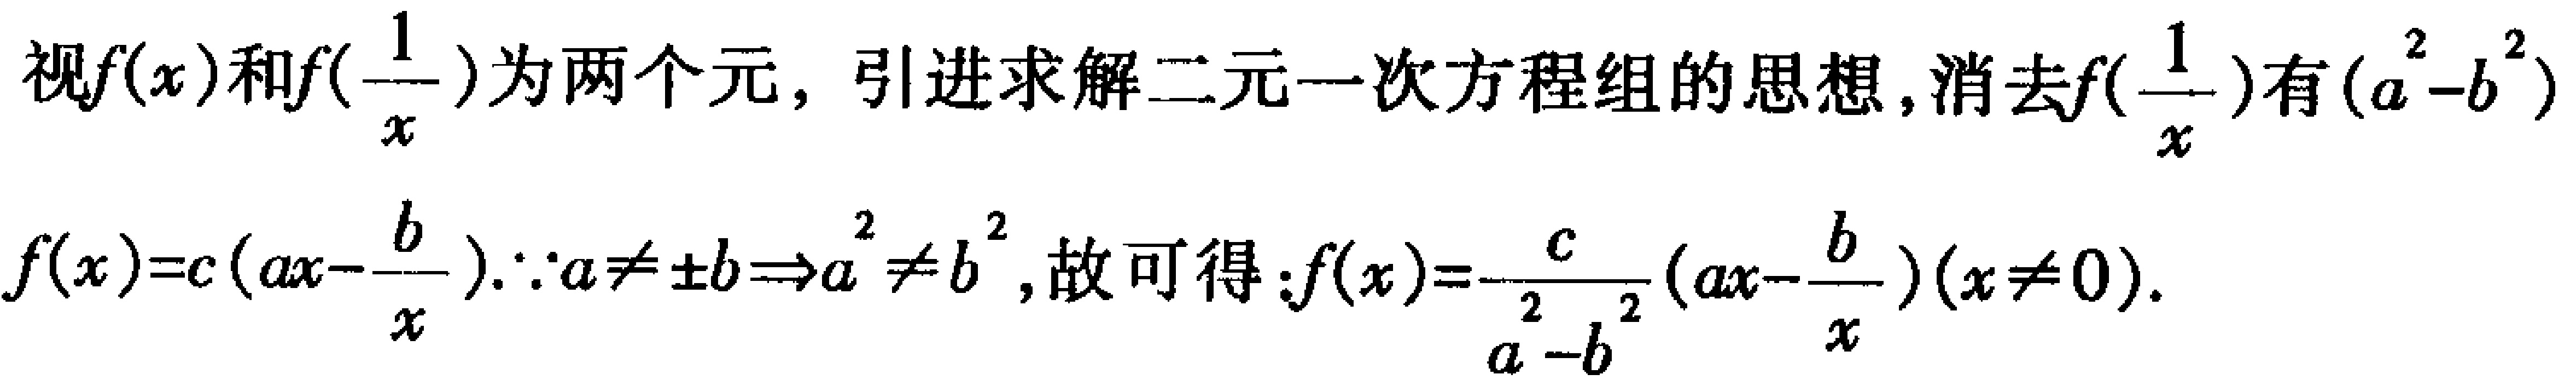
视\(f(x)\)和\(f(\frac{1}{x})\)为两个元，引进求解二元一次方程组的思想，消去\(f(\frac{1}{x})\)有\((a^{2}-b^{2})\)
\(f(x)=c(ax - \frac{b}{x}).\because a\neq\pm b\Rightarrow a^{2}\neq b^{2}\)，故可得：\(f(x)=\frac{c}{a^{2}-b^{2}}(ax - \frac{b}{x})(x\neq0)\).